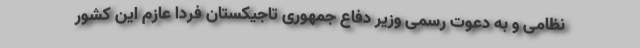
نظامی و به دعوت رسمی وزیر دفاع جمهوری تاجیکستان فردا عازم این کشور